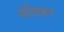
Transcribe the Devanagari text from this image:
नंदिकर